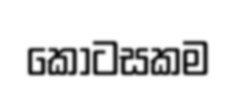
කොටසකම